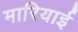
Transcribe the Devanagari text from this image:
मारियाई